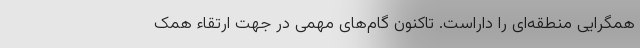
همگرایی منطقه‌ای را داراست. تاکنون گام‌های مهمی در جهت ارتقاء همک